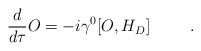
\begin{align*}\frac{d}{d\tau}O = -i\gamma^{0}[O,H_{D}]\hspace{.4in}.\end{align*}